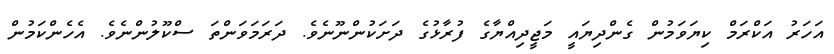
އަހަރު އަކްރަމް ކިޔަވަމުން ގެންދިޔައީ މަޖީދިއްޔާގެ ފުރާޅުގެ ދަށަކުންނޫނެވެ. ދަރަމަވަންތަ ސްކޫލުންނެވެ. އެހެންކަމުން